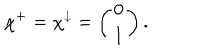
LaTeX: \chi ^ { + } = \chi ^ { \downarrow } = \left( \begin{array} { c c } { { 0 } } \\ { { 1 } } \\ \end{array} \right) .